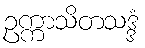
ဥက္ကာသိတသဒ္ဒံ